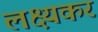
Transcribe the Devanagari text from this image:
लक्ष्यकर